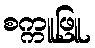
စက္ကူဖြူ